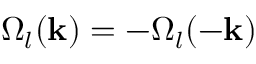
\Omega _ { l } ( \mathbf { k } ) = - \Omega _ { l } ( - \mathbf { k } )